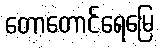
တောတောင်ရေမြေ